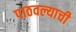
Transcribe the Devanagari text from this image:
पाठवल्याची